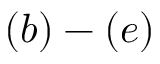
( b ) - ( e )